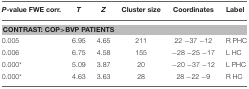
| P-value FWE corr. | T | Z | Cluster size | Coordinates | Label |
 | --- | --- | --- | --- | --- | --- |
 | <COLSPAN=6> CONTRAST: COP>BVP PATIENTS |
 | 0.005 | 6.95 | 4.65 | 211 | 22 −37 −12 | R PHC |
 | 0.006 | 6.75 | 4.58 | 155 | −28 −25 −17 | L HC |
 | 0.000* | 5.09 | 3.87 | 20 | −20 −37 −12 | L PHC |
 | 0.000* | 4.63 | 3.63 | 28 | 28 −22 −9 | R HC |